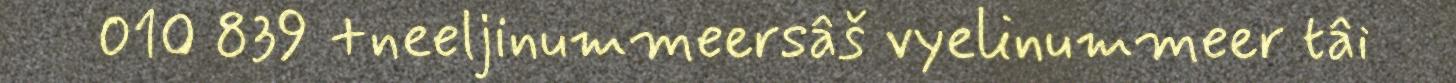
010 839 +neeljinummeersâš vyelinummeer tâi